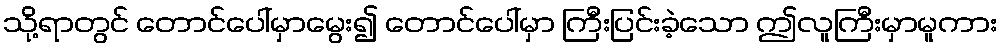
သို့ရာတွင် တောင်ပေါ်မှာမွေး၍ တောင်ပေါ်မှာ ကြီးပြင်းခဲ့သော ဤလူကြီးမှာမူကား